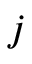
j